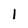
Character: I